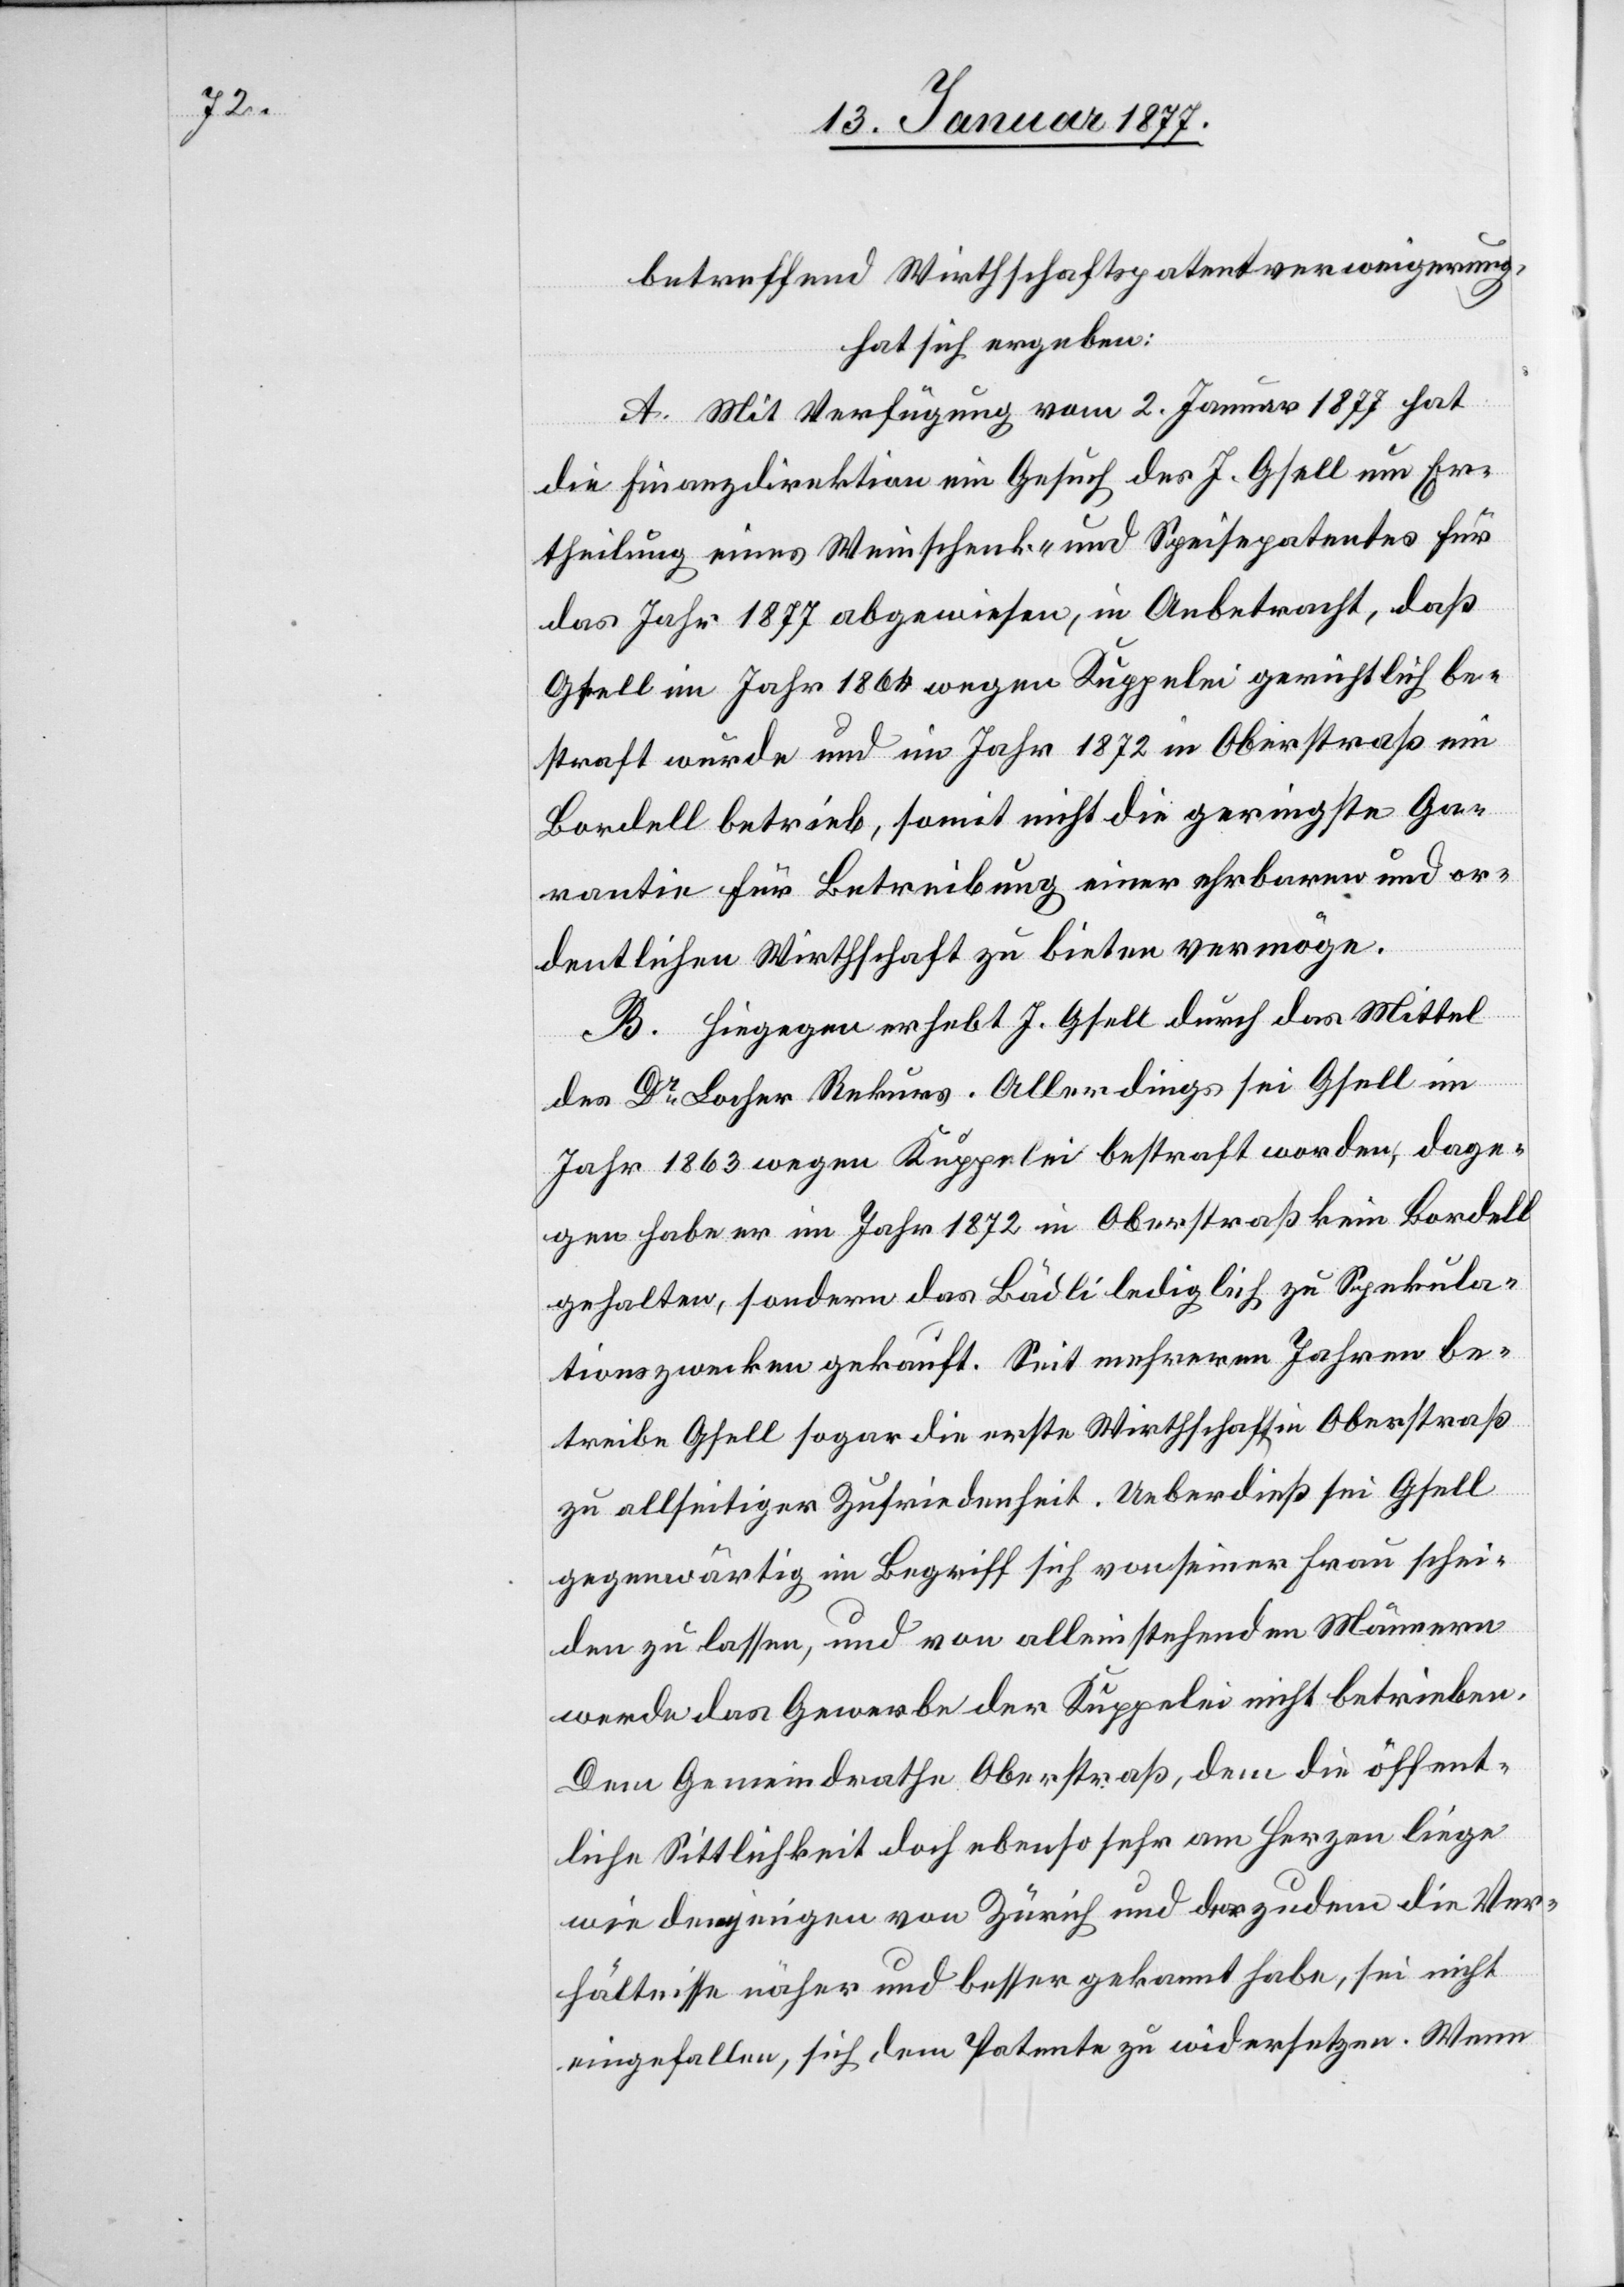
betreffend Wirthschaftspatentverweigerung,
hat sich ergeben:
A. Mit Verfügung vom 2. Januar 1877 hat
die Finanzdirektion ein Gesuch des J. Gfell um Er¬
theilung eines Weinschenk- und Speisepatentes für
das Jahr 1877 abgewiesen, in Anbetracht, daß
Gsell im Jahr 1864 wegen Kuppelei gerichtlich be¬
straft wurde und im Jahr 1872 in Oberstraß ein
Bordell betrieb, somit nicht die geringste Ga¬
rantie für Betreibung einer ehrbaren und or¬
dentlichen Wirthschaft zu bieten vermöge.
B. Hiegegen erhebt J. Gsell durch das Mittel
des Dr Locher Rekurs. Allerdings sei Gsell im
Jahr 1863 [sic!] wegen Kuppelei bestraft worden, dage¬
gen habe er im Jahr 1872 in Oberstraß kein Bordell
gehalten, sondern das Bädli lediglich zu Spekula¬
tionszwecken gekauft. Seit mehreren Jahren be¬
treibe Gsell sogar die erste Wirthschaft in Oberstraß
zu allseitiger Zufriedenheit. Ueberdieß sei Gsell
gegenwärtig im Begriff sich von seiner Frau schei¬
den zu lassen, und von alleinstehenden Männern
werde das Gewerbe der Kuppelei nicht betrieben.
Dem Gemeindrathe Oberstraß, dem die öffent¬
liche Sittlichkeit doch ebenso sehr am Herzen liege
wie demjenigen von Zürich und der zudem die Ver¬
hältnisse näher und besser gekannt habe, sei nicht
eingefallen, sich dem Patente zu widersetzen. Wenn